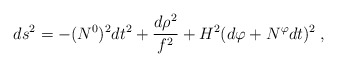
\begin{align*}ds^2 = - (N^0)^2 dt^2 + \frac{d\rho^2}{f^2} + H^2(d\varphi+N^{\varphi}dt)^2 \:, \end{align*}